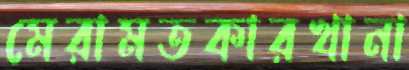
মেরামতকারখানা